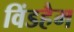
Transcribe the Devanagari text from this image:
विंडहैम